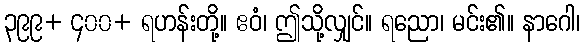
၃၉၉+ ၄၀၀+ ရဟန်းတို့။ ဧဝံ၊ ဤသို့လျှင်။ ရညော၊ မင်း၏။ နာဂေါ၊